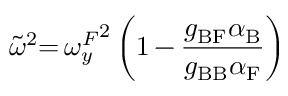
\tilde { \omega } ^ { 2 } { = } \, { \omega _ { y } ^ { F } } ^ { 2 } \left( 1 \, { - } \, \frac { g _ { \mathrm { B F } } \alpha _ { \mathrm { B } } } { g _ { \mathrm { B B } } \alpha _ { \mathrm { F } } } \right)